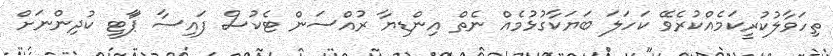
ތިހަވާލުކުރީކަމެއްކުރެވޭ ކަހަލަ ބަޔަކާގުޅުމެއް ނެތް އިންޑިޔާ ރުއްސަން ޓެކުސް ފައިސާ ޕާަޓީ ކުދިންނަށް